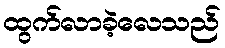
ထွက်လာခဲ့လေသည်